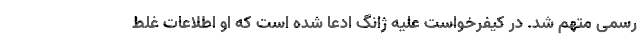
رسمی متهم شد. در کیفرخواست علیه ژانگ ادعا شده است که او اطلاعات غلط